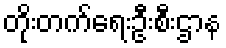
တိုးတက်ရေးဦးစီးဌာန